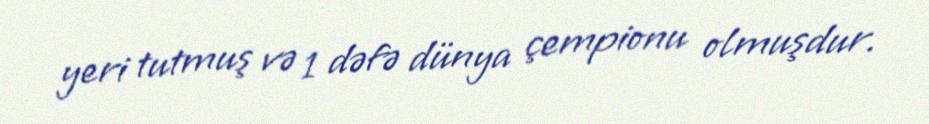
yeri tutmuş və 1 dəfə dünya çempionu olmuşdur.